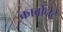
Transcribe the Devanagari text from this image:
कार्बोनेटे